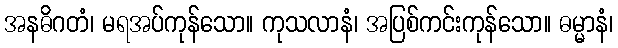
အနဓိဂတံ၊ မရအပ်ကုန်သော။ ကုသလာနံ၊ အပြစ်ကင်းကုန်သော။ ဓမ္မာနံ၊